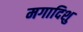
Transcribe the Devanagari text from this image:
मगादिशु